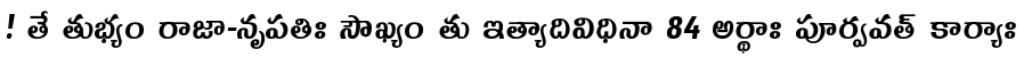
! తే తుభ్యం రాజా-నృపతిః సౌఖ్యం తు ఇత్యాదివిధినా 84 అర్థాః పూర్వవత్ కార్యాః